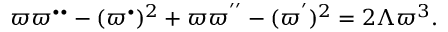
\varpi \varpi ^ { \bullet \bullet } - ( \varpi ^ { \bullet } ) ^ { 2 } + \varpi \varpi ^ { ^ { \prime \prime } } - ( \varpi ^ { ^ { \prime } } ) ^ { 2 } = 2 \Lambda \varpi ^ { 3 } .